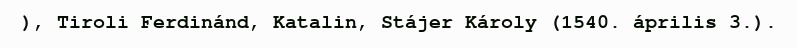
), Tiroli Ferdinánd, Katalin, Stájer Károly (1540. április 3.).